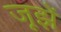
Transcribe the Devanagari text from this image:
जूझें